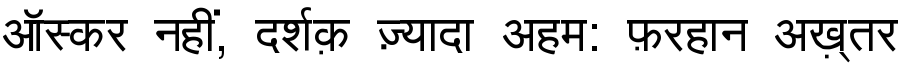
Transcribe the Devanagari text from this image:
ऑस्कर नहीं, दर्शक़ ज़्यादा अहम: फ़रहान अख़्तर